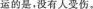
运的是.没有人受伤.